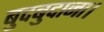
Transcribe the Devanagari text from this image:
बुदबुदाना।